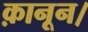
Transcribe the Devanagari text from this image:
क़ानून।